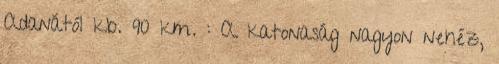
Adanától kb. 90 km. : A katonaság nagyon nehéz,